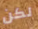
لكن